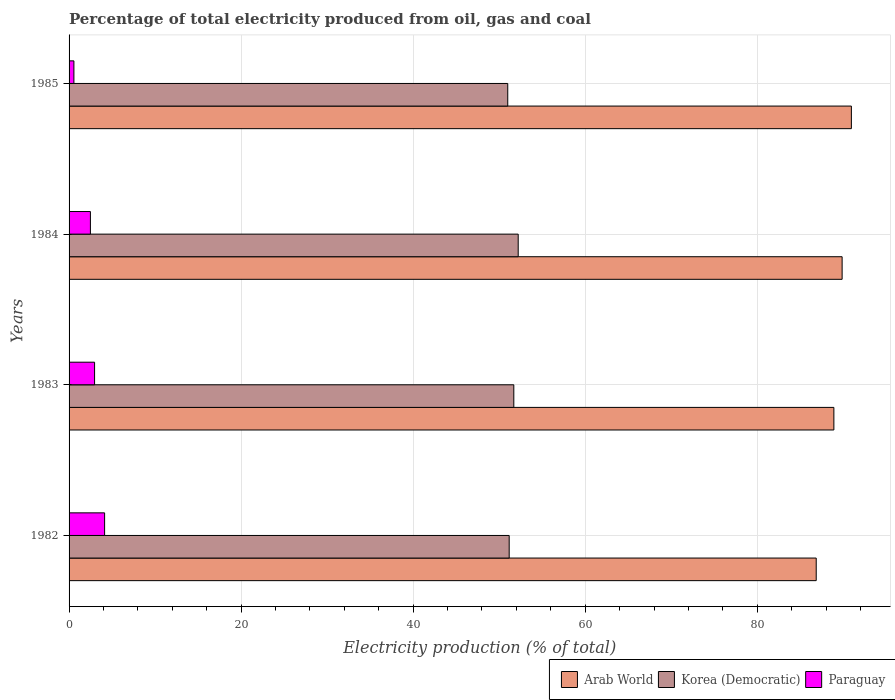
| Years | Arab World | Korea (Democratic) | Paraguay |
 | --- | --- | --- | --- |
 | 1982 | 86.9 | 51.2 | 4.13 |
 | 1983 | 88.9 | 51.7 | 2.97 |
 | 1984 | 89.9 | 52.2 | 2.48 |
 | 1985 | 90.9 | 51 | 0.562 |